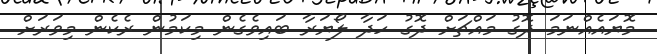
މޮޔައެއްނަމަ ދޮގު މައްޗަށް ދޮގު ހަދާ ލޯޔަރާ ބައިވެގެން މިކަމުން ރެކެން މިވަރަށް